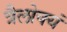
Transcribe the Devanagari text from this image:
त्रैलोक्यं